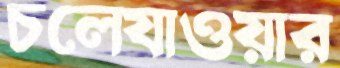
চলেযাওয়ার